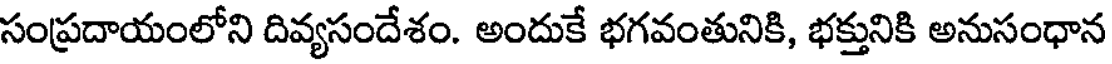
సంప్రదాయంలోని దివ్యసందేశం. అందుకే భగవంతునికి, భక్తునికి అనుసంధాన